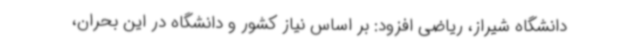
دانشگاه شیراز، ریاضی افزود: بر اساس نیاز کشور و دانشگاه در این بحران،